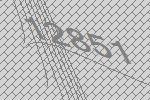
12851